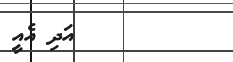
٧٢        އަދި އެއީ